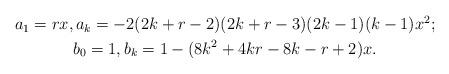
LaTeX: \begin{align*}\begin{gathered}a_{1}=rx, a_{k} =-2(2k + r - 2)(2k + r - 3)(2k - 1)(k - 1)x^2; \\ b_{0}=1 , b_{k} =1-( 8k^2 + 4kr - 8k - r + 2 )x. \end{gathered}\end{align*}